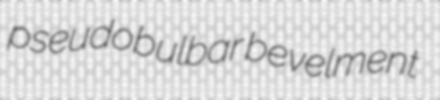
pseudobulbar bevelment